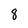
Character: 8